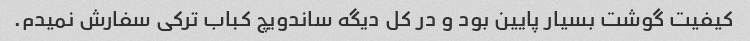
کیفیت گوشت بسیار پایین بود و در کل دیگه ساندویچ کباب ترکی سفارش نمیدم.